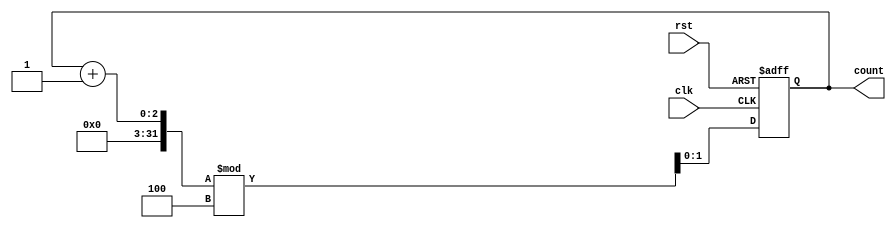
module binary_counter #(
    parameter N = 2  // Number of bits (default is 2 for a 2-bit counter)
) (
    input wire clk,     // Clock input
    input wire rst,     // Asynchronous reset
    output reg [N-1:0] count // Output count
);

// State transition on clock edge
always @(posedge clk or posedge rst) begin
    if (rst) begin
        count <= 0; // Asynchronous reset to 0
    end
    else begin
        count <= (count + 1) % (1 << N); // Increment and wrap around
    end
end

endmodule